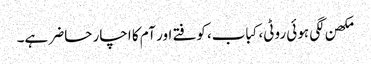
مکھن لگی ہوئی روٹی، کباب، کوفتے اور آم کا اچار حاضر ہے۔